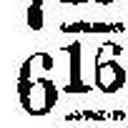
616